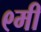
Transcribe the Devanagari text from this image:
९मी